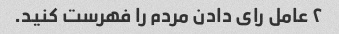
۲ عامل رای دادن مردم را فهرست کنید.